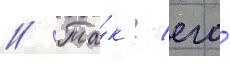
// Та́к / его́